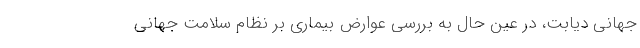
جهانی دیابت، در عین حال به بررسی عوارض بیماری بر نظام سلامت جهانی